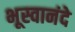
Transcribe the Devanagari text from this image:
भूस्वानंदे